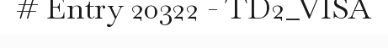
# Entry 20322 - TD2_VISA